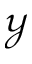
\mathcal { Y }